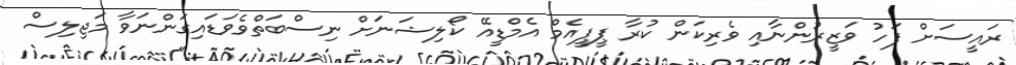
ރައީސަށް ފަހު ވަޒީރުންނާއި ވެރިކަން ކުރާ ޕީޕީއެމް އެމްޑީއޭ ކޯލިޝަނަށް ނިސްބަތްވެވަޑައިގަންނަވާ މަޖިލިސް